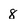
Character: 8